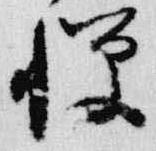
憚